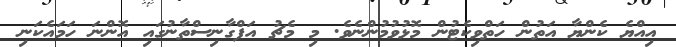
އިއްޔެ ކެންޔާ އަތުން ހަތްވިކެޓުން މޮޅުވުމުންނެވެ. މި މެޗު އަފްގާނިސްތާނުގައި އޮންނަ ހަމައެކަނި